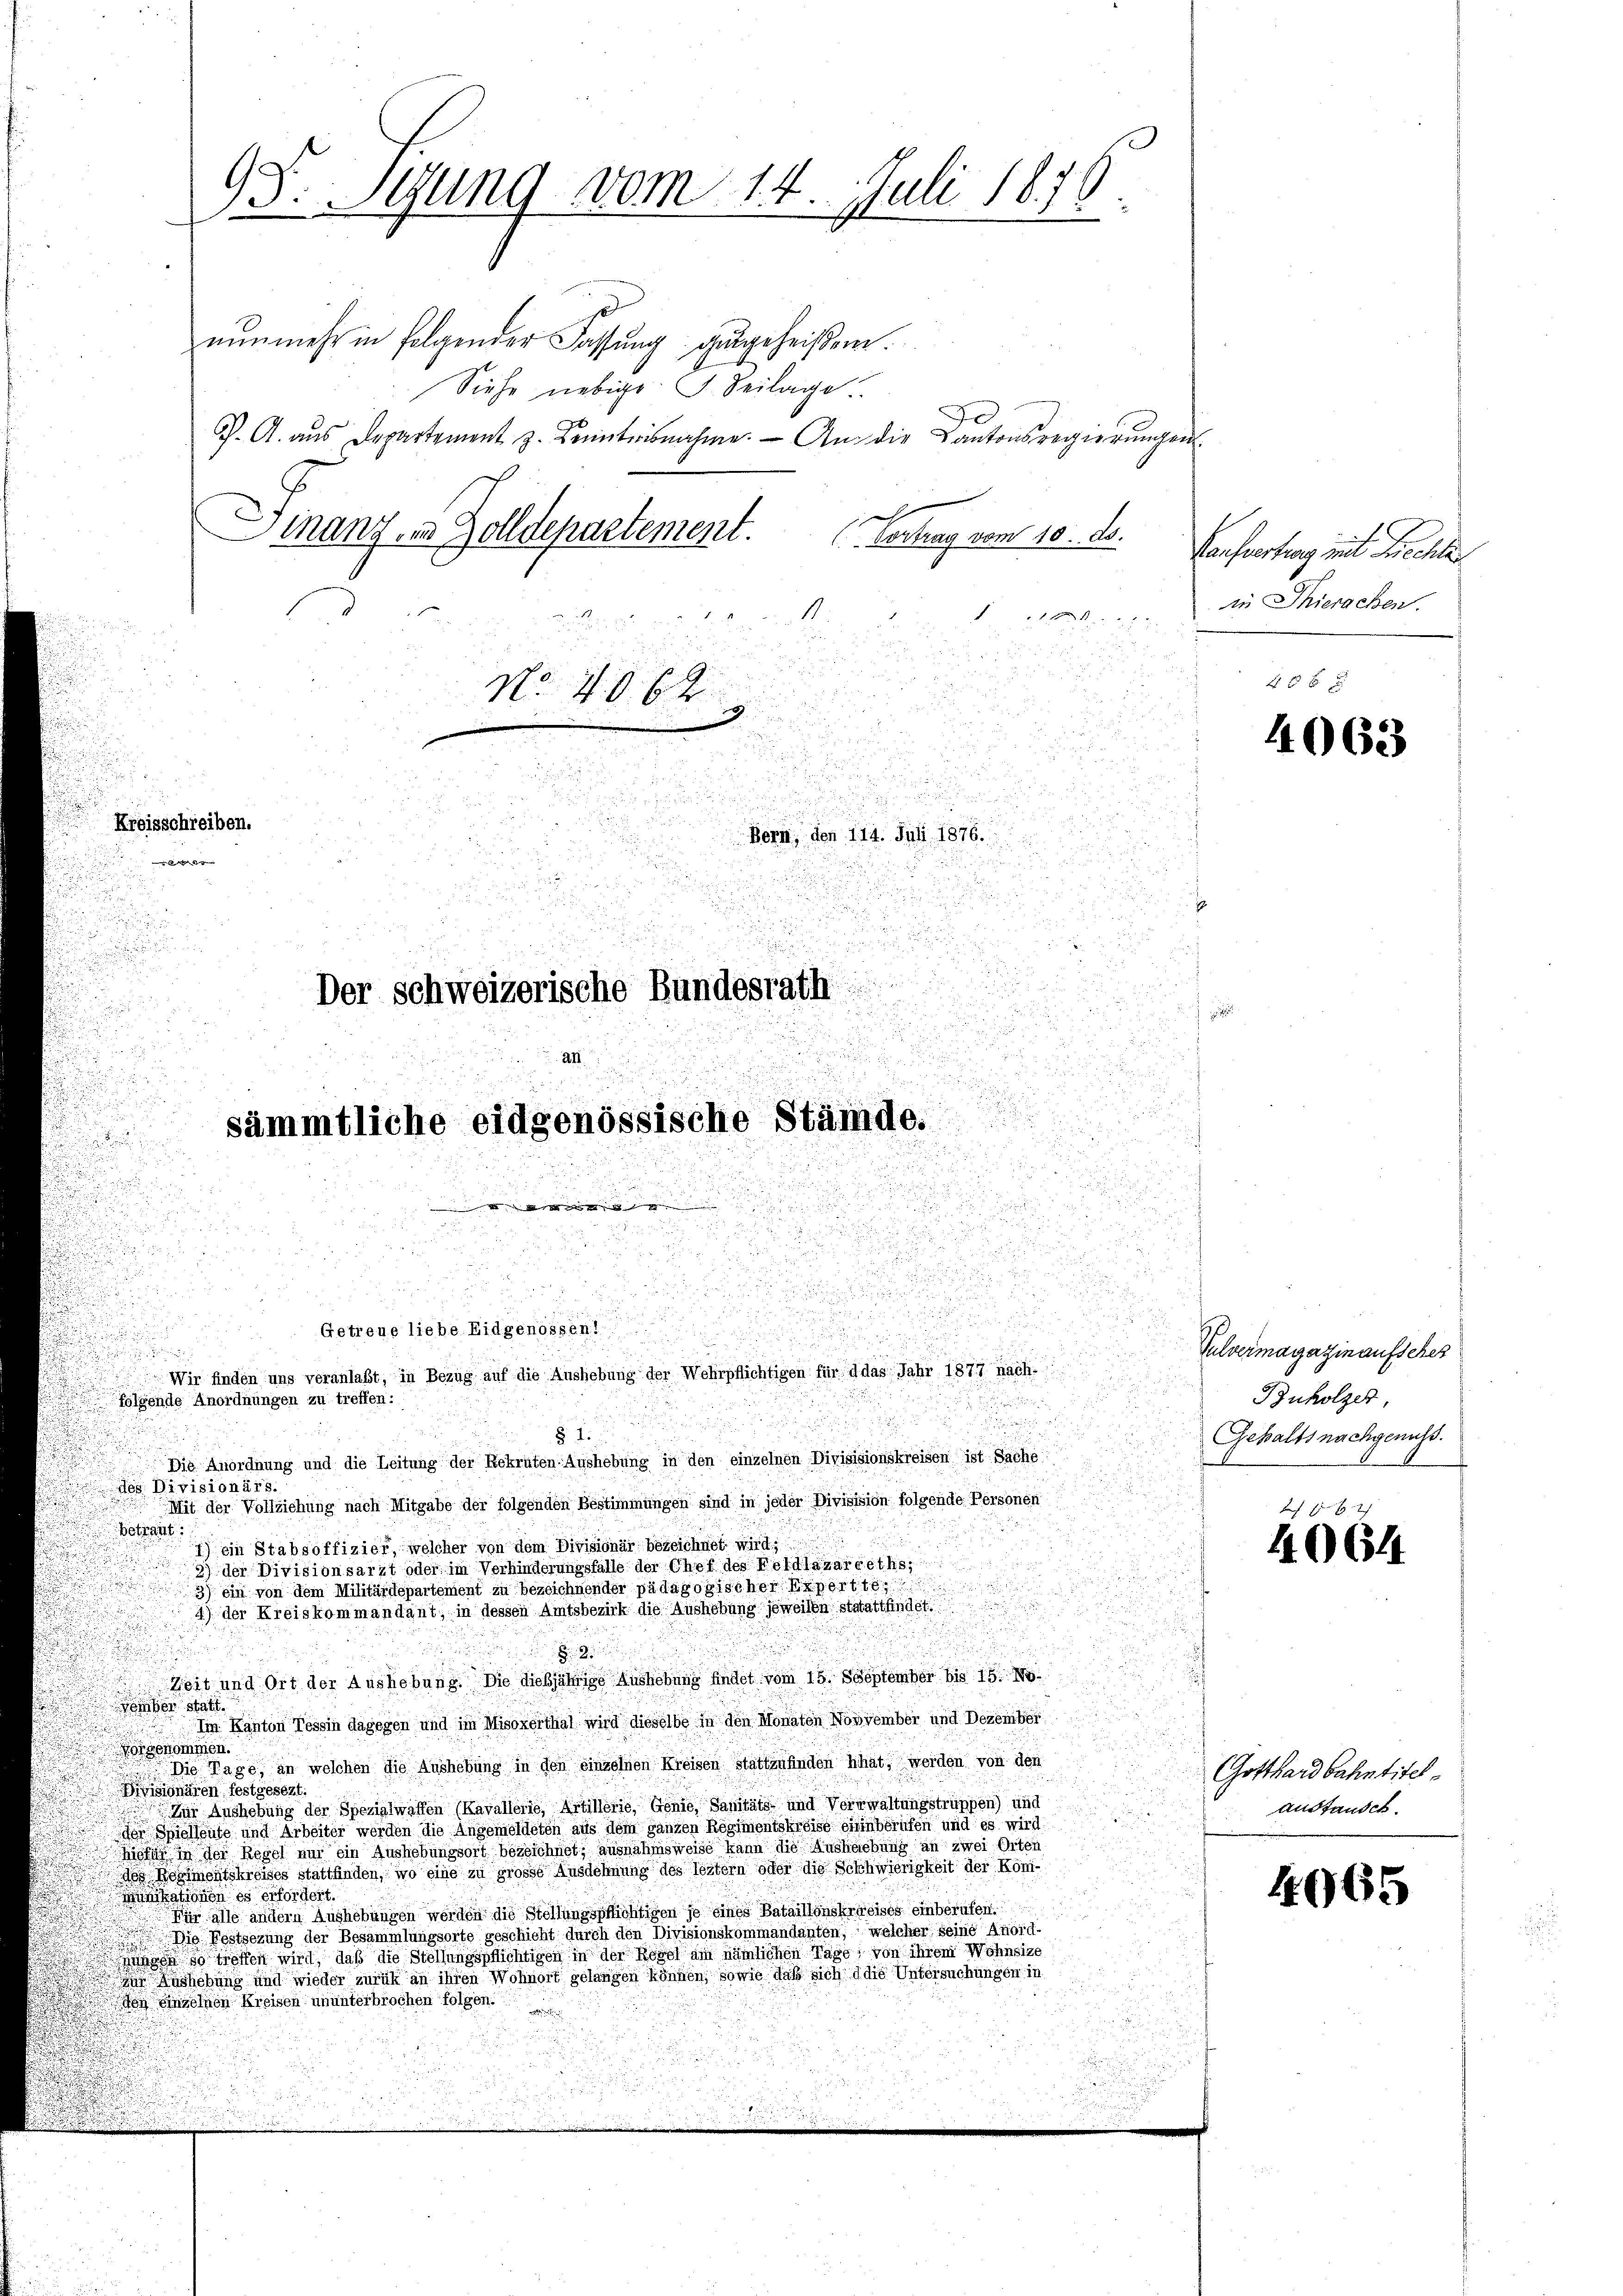
nunmehr in folgender Fassung gutgeheißen.
Siehe nebige S. Seilage
G. A. aus Departement z. Kenntnisnahme. — An die Kantonsregierungen.
Ginanz- u. Zolldepartement.
Vortrag vom 10. ds.
1
222
2

d
No. 4062

d

Kreisschreiben.
Bern, den 114. Juli 1876.

d

d

Der schweizerische Bundesrath

9F. Syung vom 14. Juli 1876.

d
a

Getreue liebe Eidgenossen

Wir finden uns veranlaßt, in Bezug auf die Aushebung der Wehrpflichtigen für d das Jahr 1877 nach-
folgende Anordnungen zu treffen:

§ 1.
Die Anordnung und die Leitung der Rekruten-Aushebung in den einzelnen Divisisionskreisen ist Sache:
des Divisionärs.
Mit der Vollziehung nach Mitgabe der folgenden Bestimmungen sind in jeder Divisision folgende Personen
Botrans
1) ein Stabsoffizier, welcher von dem Divisionär bezeichnet wird;
9) der Divisionsarzt oder im Verhinderungsfalle der Chef des Koldlazareths
3) ein von dem Militärdepartement zu bezeichnender pädagogischer Expert 18
4) der Kreiskommandant, in dessen Amtsbezirk die Aushebung jeweilen statattfindet
2
Zeit und Ort der Aushebung. Die dießjährige Aushebung findet vom 15. September bis 15. No
omber statt.
Im Kanton Tessin dagegen und im Misoxerthal wird dieselbe in den Monaten November und Dezember
Vorgenommen.
Die Tage, an welchen die Aushebung in den einzelnen Kreisen stattzufinden hat, werden von den
Divisionären festgesezt.
Zur Aushebung der Spezialwaffen (Kavallerie, Artillerie, Genie, Sanitäts und Verwaltungstrüppen) und
 Spielleute und Arbeiter werden die Angemeldeten aus dem ganzen Regimentskreise einberufen und es wird
iclas in der Regel nur ein Aushebungsort bezeichnet, ausnahmsweise kann die Aushebung an zwei Orten
des Regimentskreises stattfinden, wo eine zu grosse Ausdehnung des leztern oder die Schwierigkeit der Kon-
Monitationen es erfordert
Für alle andern Aushebungen werden die Stellungspflichtigen je eines Bataillonskreises einberufen.
Die Festsezung der Besammlungsorte geschicht durch den Divisionskommandanten, welcher seine Anord-
E
 so treffen wird, daß die Stellungspflichtigen in der Regel am nämlichen Tage, von ihrem Wohnsite
i Aushebung und wieder zurück an ihren Wohnort gelangen können, sowie daß sich d die Untersuchungen in
don einzelnen Kreisen ununterbrochen folgen.

a

e
sämmtliche eidgenössische Stämde.
.
u

u

z

Confertung mit Siechl
in Thierachen.

4063

Pulvermagazin aufsches
Buholzer,
Gehalts nachgenuß.
x

4064

Gotthardbahntitel
austandet.

4965